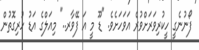
ފޯނުނެގީ ހީކުރިވަރަށްވުރެ އަވަހަށެވެ. "ޑޫ މީ އަ ފޭވާރ.." މިއަލްގެ އަޑު ހުރިގޮތުން